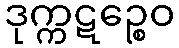
ဒုက္ကဋဉ္စေဝ